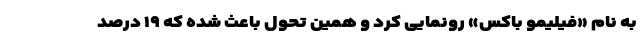
به نام «فیلیمو باکس» رونمایی کرد و همین تحول باعث شده که ۱۹ درصد